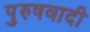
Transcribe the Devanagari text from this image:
पुरुषवादी